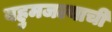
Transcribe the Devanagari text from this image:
बहुमजल्याची